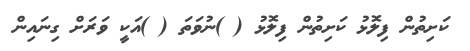
ކަށިތުން ފިލޮޅު ކަށިތުން ފިލޮޅު ( )ނުވަތަ ( )އަކީ ވަރަށް ގިނައިން